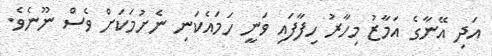
އަދި އޭނާގެ އަމާޒު މިހާރު ހިފާފައި ވަނީ ހަމައެކަނި ނެށުމަކަށް ވެސް ނޫނެވެ.